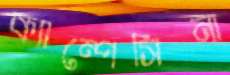
ক্যাম্পেসিনা